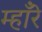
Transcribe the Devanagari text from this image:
म्हाँरे